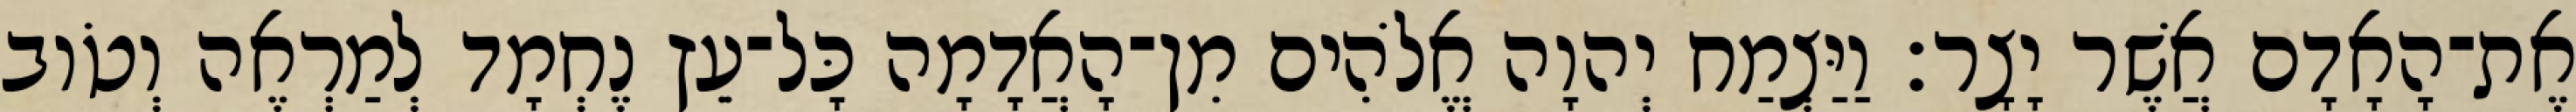
אֶת־הָאָדָם אֲשֶׁר יָצָר׃ וַיַּצְמַח יְהוָה אֱלֹהִים מִן־הָאֲדָמָה כָּל־עֵץ נֶחְמָד לְמַרְאֶה וְטֹוב